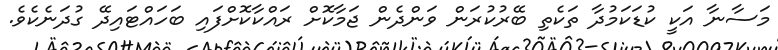
މަސާނާ އަކީ ކުޑަކަމުދާ ތަކެތި ބޭރުކުރަން ވަންދެން ޖަމާކޮށް ރައްކާކޮށްފައި ބަހައްޓައިދޭ ގުދަނެކެވެ.